Statistical return of the lunatic asylum in Assam - 1912-1932
Year: 1912
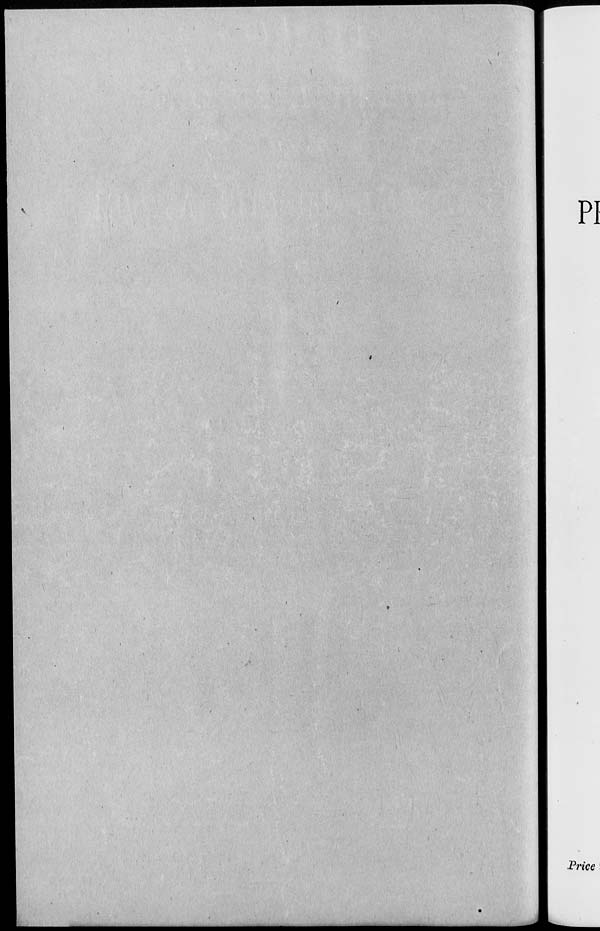
-.:>•
■ > 'f|^*(
PI
Price